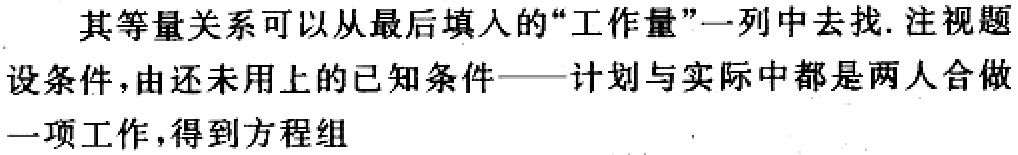
其等量关系可以从最后填入的“工作量”一列中去找. 注视题设条件，由还未用上的已知条件——计划与实际中都是两人合做一项工作，得到方程组